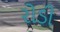
રોડી